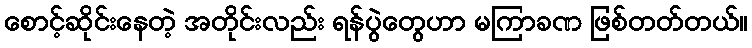
စောင့်ဆိုင်းနေတဲ့ အတိုင်းလည်း ရန်ပွဲတွေဟာ မကြာခဏ ဖြစ်တတ်တယ်။